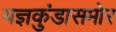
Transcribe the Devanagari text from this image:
यज्ञकुंडासमोर